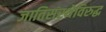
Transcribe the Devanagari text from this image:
जातिसंस्थेविरुद्ध